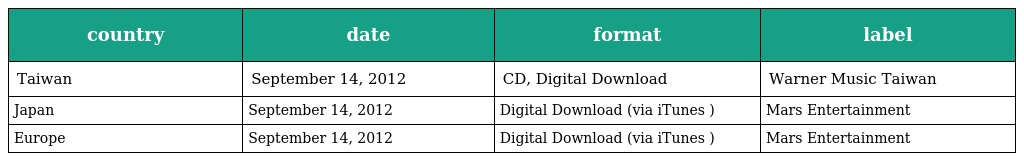
| country | date | format | label |
 | --- | --- | --- | --- |
 | Taiwan | September 14, 2012 | CD, Digital Download | Warner Music Taiwan |
 | Japan | September 14, 2012 | Digital Download (via iTunes ) | Mars Entertainment |
 | Europe | September 14, 2012 | Digital Download (via iTunes ) | Mars Entertainment |